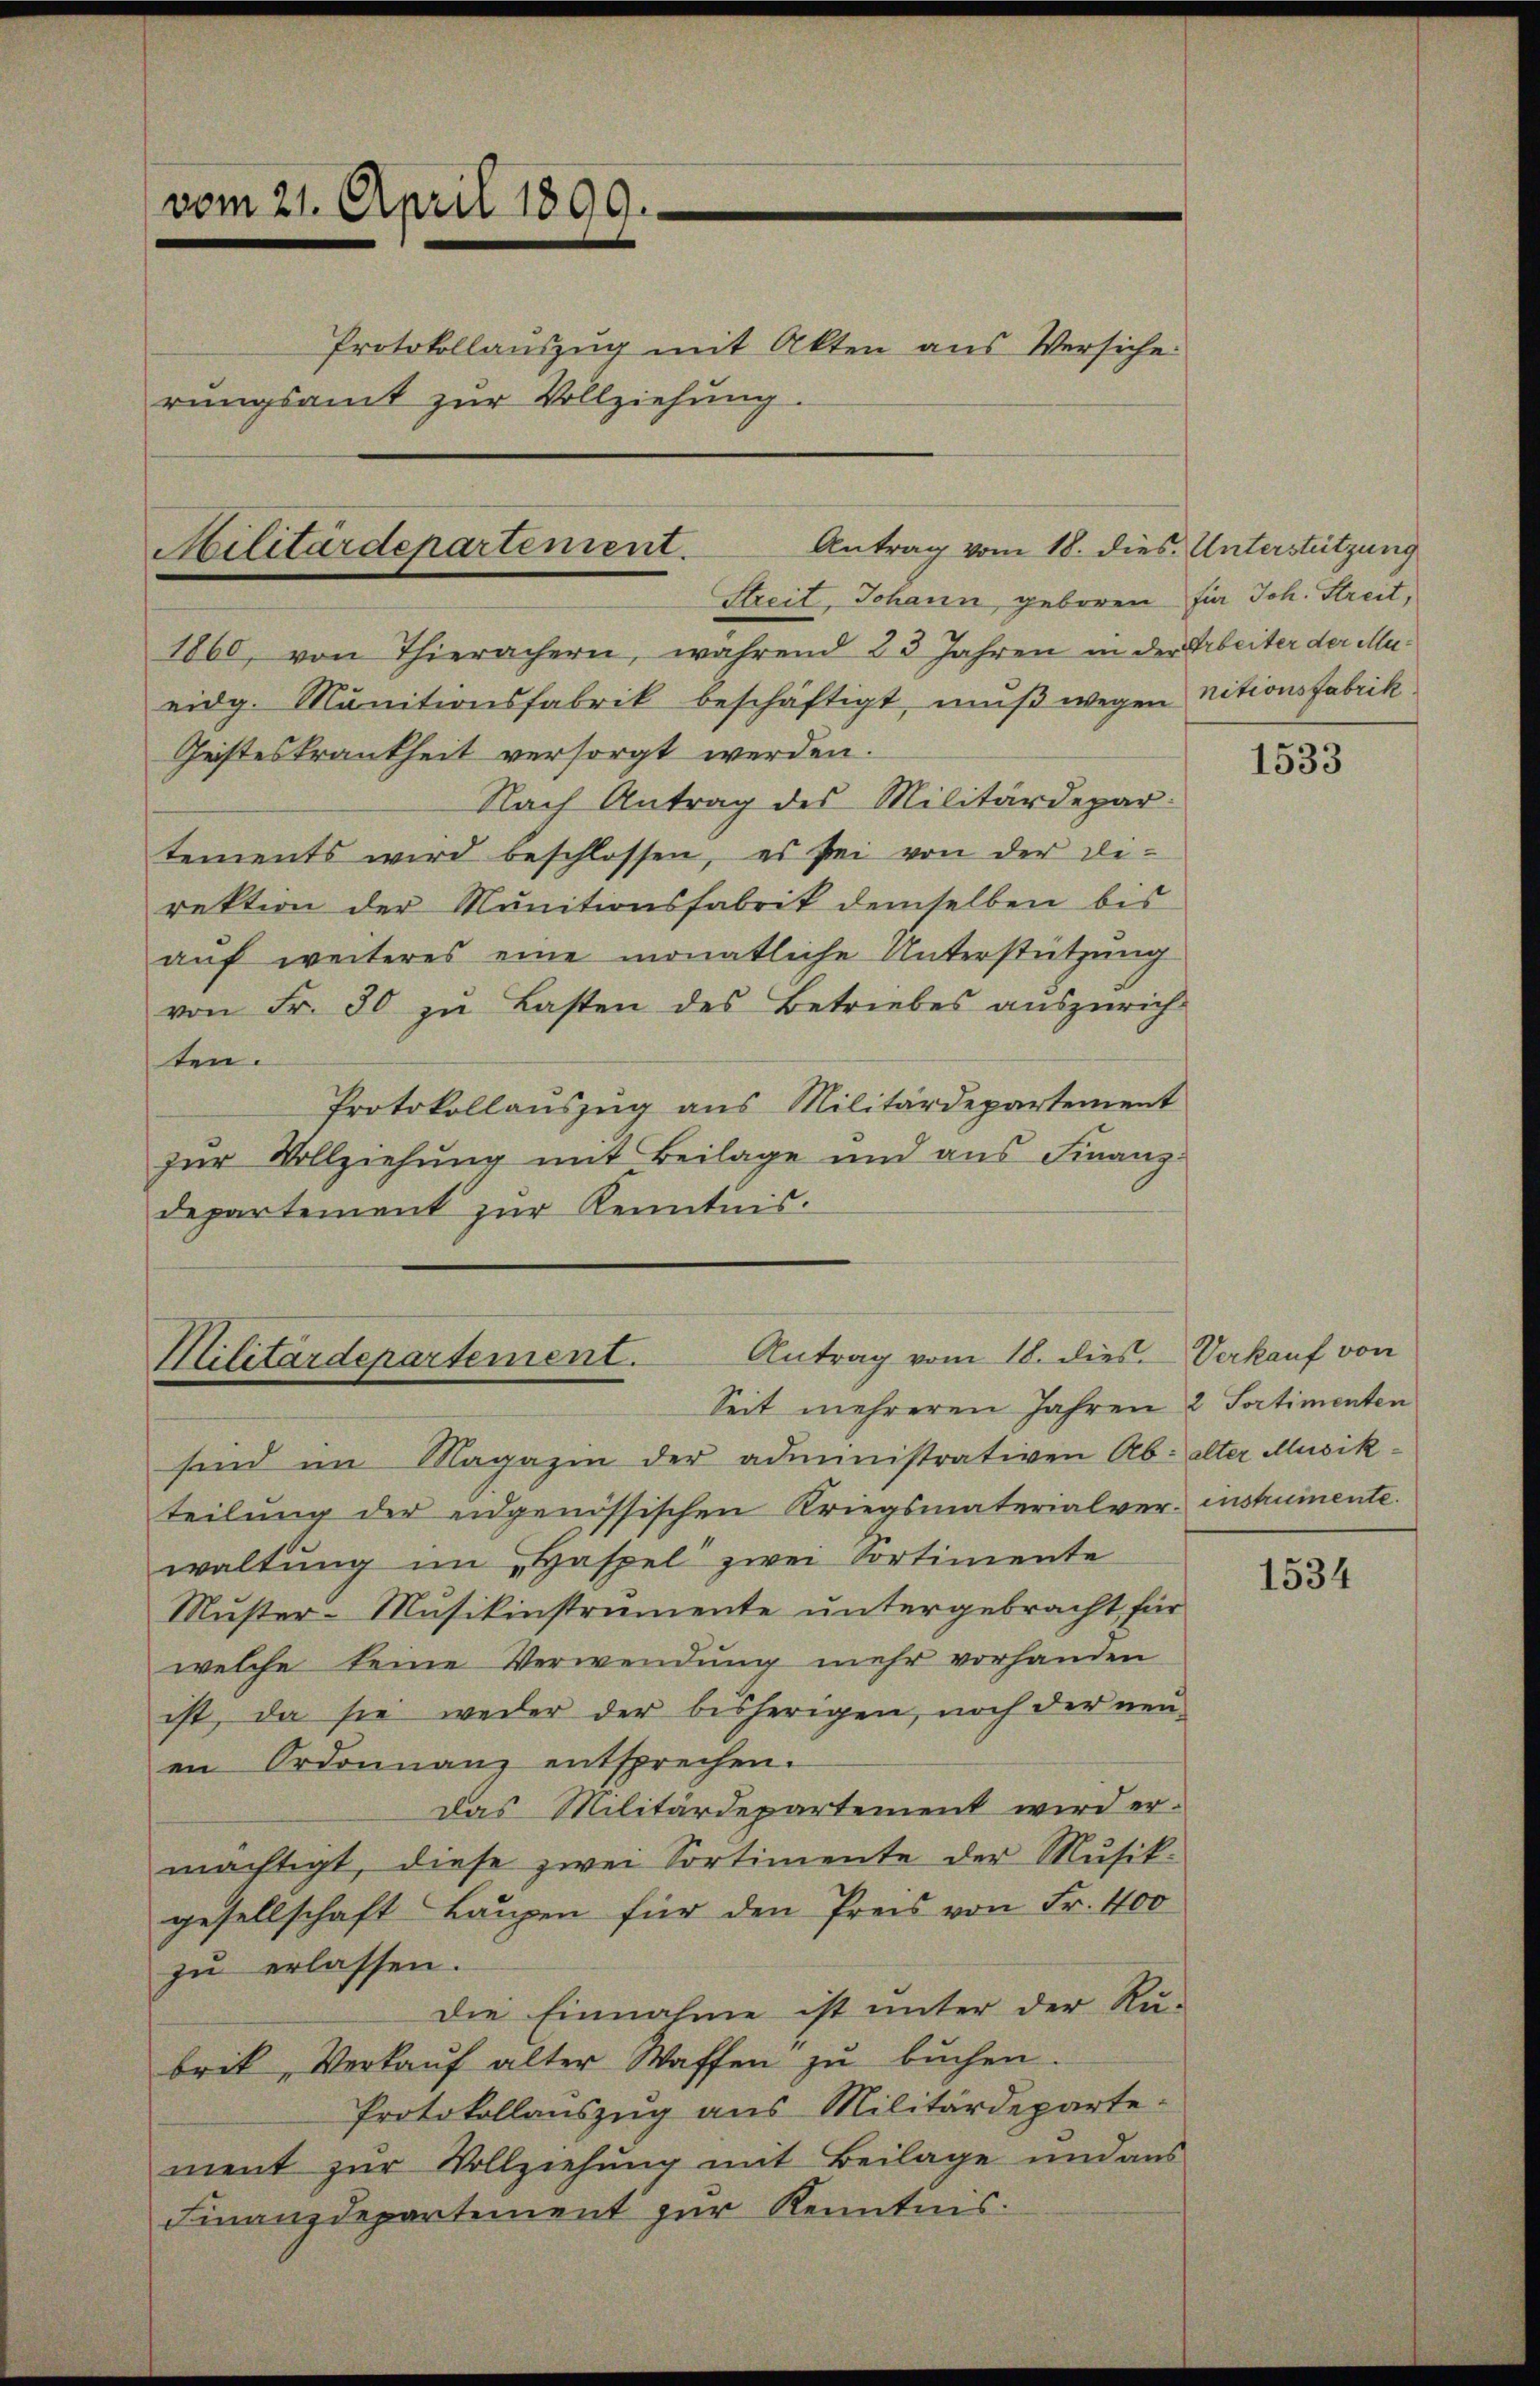
vom 21. April 1899.
Protokollauszug mit Akten aus Versiche
rungsamt zur Vollziehung.

1860, von Thierachern, während 23 Jahren in der Arbeiter der Mueidg. Munitionsfabrik beschäftigt, muß wegen nitionsfabrik
Geisteskrankheit versorgt werden.
Nach Antrag des Militärdepartements wird beschlossen, es sei von der Direktion der Munitionsfabrik demselben bis
auf weiteres eine monatliche Unterstützung
von Fr. 30 zu Lasten des Betriebes auszurich-
ten.
Protokollauszug aus Militärdepartement
zur Vollziehung mit Beilage und aus Finanz-
departement zur Kenntnis.

sind im Magazin der administrativen Ab: alter Musik
teilung der eidgenössischen Kriegsmaterialverinstrumente.
waltung im „Haspel zwei Sortimente
Muster-Musikinstrumente untergebracht für
welche keine Verwendung mehr vorhanden
ist, da sie weder der bisherigen, noch der neu-
en Ordonnanz entsprechen.
das Militärdepartement wird er-
mächtigt, diese zwei Sortimente der Musik-
gesellschaft Laupen für den Preis von Fr. 400
zu erlassen.
die Einnahme ist unter der Rü-
brik, Verkauf alter Waffen zu buchen
Protokollauszug aus Militärdeparte:
ment zur Vollziehung mit Beilage und aus
Finanzdepartement zur Kenntnis.

Antrag vom 18. dies Unterstützung
Militärdepartement.
Streit, Johann, geboren für Joh. Streit,

Antrag vom 18. dies Verkauf von
Militärdepartement.
Seit mehreren Jahren 2 Sortimenten

1533

1534